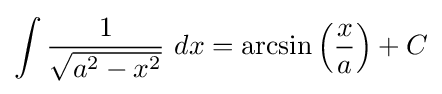
\int {\frac {1}{\sqrt {a^{2}-x^{2}}}}\ dx=\arcsin \left({\frac {x}{a}}\right)+C